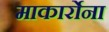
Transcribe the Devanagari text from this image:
माकार्रोना